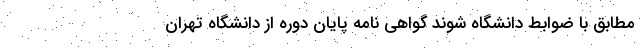
مطابق با ضوابط دانشگاه شوند گواهی نامه پایان دوره از دانشگاه تهران